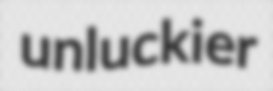
unluckier